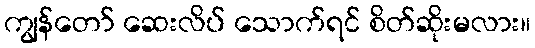
ကျွန်တော် ဆေးလိပ် သောက်ရင် စိတ်ဆိုးမလား။